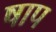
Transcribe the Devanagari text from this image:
षाप